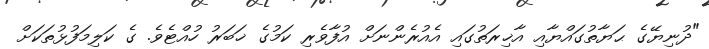
"ދުނިޔޭގެ ޙަޔާތުގައްޔާއި އާޚިރަތުގައި އެއުރެންނަށް އުފާވެރި ކަމުގެ ޚަބަރު ހުއްޓެވެ. ގެ ކަލިމަފުޅުތަކަށް